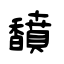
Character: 馩